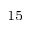
^ { 1 5 }